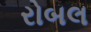
રોબલ